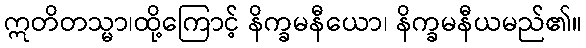
ဣတိတသ္မာ၊ထို့ကြောင့် နိက္ခမနီယော၊ နိက္ခမနီယမည်၏။